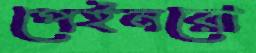
পেইনরো